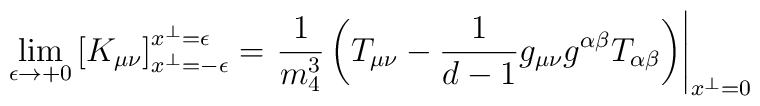
\lim_{\epsilon\to +0}\left[K_{\mu\nu}\right]_{x^\perp =-\epsilon}^{x^\perp =\epsilon}=\left.\frac{1}{m_4^3}\left(T_{\mu\nu}-\frac{1}{d-1}g_{\mu\nu}g^{\alpha\beta}T_{\alpha\beta}\right)\right|_{x^\perp =0}